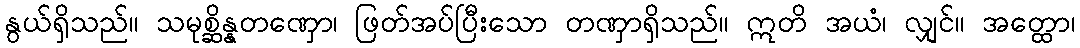
နွယ်ရှိသည်။ သမုစ္ဆိန္နတဏှော၊ ဖြတ်အပ်ပြီးသော တဏှာရှိသည်။ ဣတိ အယံ၊ လျှင်။ အတ္ထော၊